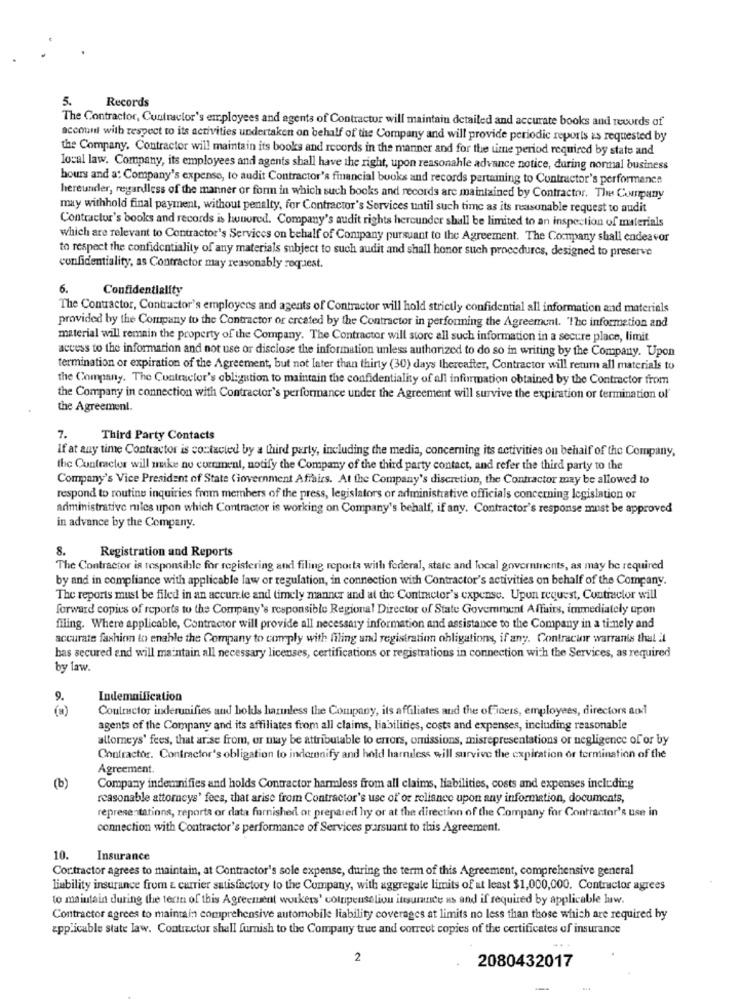
5.
Records
The Contractor, Cuntractor's employees and agents of Contractor will maintain detailed and accurate books and records of
account with respect to its activities undertaken on behalf of the Company and will provide periodic reports is requested by
the Company. Contractor will maintain its books and records in the manner and for the time period required by state and
local law. Company, its employees and agents shall have the right, upon reasonahle advance notice, during normal business
hours and a: Company's expense, to audit Contractor's financial books and records pertaining to Contractor's performance
hereunder, regardless of the manner or form in which such books and records are maintained by Contractor. The Company
may withhold final payment, without penalty, for Contractor's Services until such time as its reasonable request to audit
Contractor's books and records is huuored. Company's audit rights hereunder shall be limited to an inspection of materials
which are relevant to Contractor's Services on behalf of Company pursuant to the Agreement. The Company shall endeavor
to respect the confidentiality of any materials subject to such audit and shall honor such procedures, designed to preserve
confidentiality, as Contractor may reasonably request.
6.
Confidentiality
The Contractor, Contractor's employees and agents of Contractor will hold strictly confidential all information and materials
provided by the Company to the Contractor or ercated by the Contractor in performing the Agreement. The information and
material will remain the property of the Company. The Contractor will store all such information in a secure place, limit
access to the information and not use or disclose the information unless authorized to do so in writing by the Company. Upon
termination or expiration of the Agreement, but not later than thirty (30) days thereafter, Contractor will retum all materials to
the Company. The Contractor's obligation to maintain the confidentiality of all information obtained by the Contractor from
the Company in connection with Contractor's performance under the Agreement will survive the expiration or termination of'
the Agreement.
7.
Third Party Contacts
If at any time Contractor is contacted by a third party, including the media, concerning its activities on behalf of the Company,
the Contractor will make no comment, notify the Company of the third party contact, and refer the third party to the
Company's Vice President of State Government Affairs. At the Company's discretion, the Contractor may be allowed to
respond to routine inquiries frem members of the press, legislators or administrative officials concerning legislation or
administrative rules upon which Contractor is working on Company's behalf, if any. Contractor's response must be approved
in advance by the Company.
8.
Registration and Reports
The Contractor is responsible for registering and filing reporta with federal, state and local governments, as may be required
by and in compliance with applicable law or regulation, in connection with Contractor's activities on behalf of the Company.
The reports must be filed in an accurate and timely manner and at the Contractor's expense. Upon request, Contractor will
forward copies of reports to the Company's responsible Regional Director of State Government Affairs, immediately upon
filing. Where applicable, Contractor will provide all necessary information and assistance to the Company in a timely and
accurate fashion to enable the Company to comply with filing and registration obligations, if any. Contractor warrants thal il
bas secured and will maintain all necessary licenses, certifications or registrations in connection with the Services, as required
by law.
9.
Indemnification
Coutractor inderunifies and bolds harmless the Company, its affiliates and the officers, employees, directors aod
agents of the Company and its affiliates from all claims, liabilities, costs and expenses, including reasonable
altomeys' fees, that arise from, or may be attributable to errors, omissions, misrepresentations or negligence of or by
Contractor. Contractor's obligation to inderenify and hold harndless will survive the expiration or termination of the
Agreement.
(b)
Company indemnifies and holds Contractor harmless from all claims, liabilities, costs and expenses including
reasonable attorneys' fees, that arise from Contractor's use of' or reliance upon any information, documents,
representations, reports or data furnished or prepared hy or at the direction of the Company for Contractor's use in
connection with Contractor's performance of Services pursuant to this Agreement.
10.
Insurance
Cor.tractor agrees to maintain, at Contractor's sole expense, during the term of this Agreement, comprehensive general
liability insurance from & carrier satisfactory to the Company, with aggregate limits of at least $1,000,000. Contractor agrees
to maintain during the terin of this Agreement workers' colnipenselion insurance us and if required by applicable law.
Contractor agrees to maintain comprehensive automobile liability coverages at limits no less than those which are required by
applicable state law. Contractor shall furnish to the Company true and correct copies of the certificates of insurance
2
2080432017